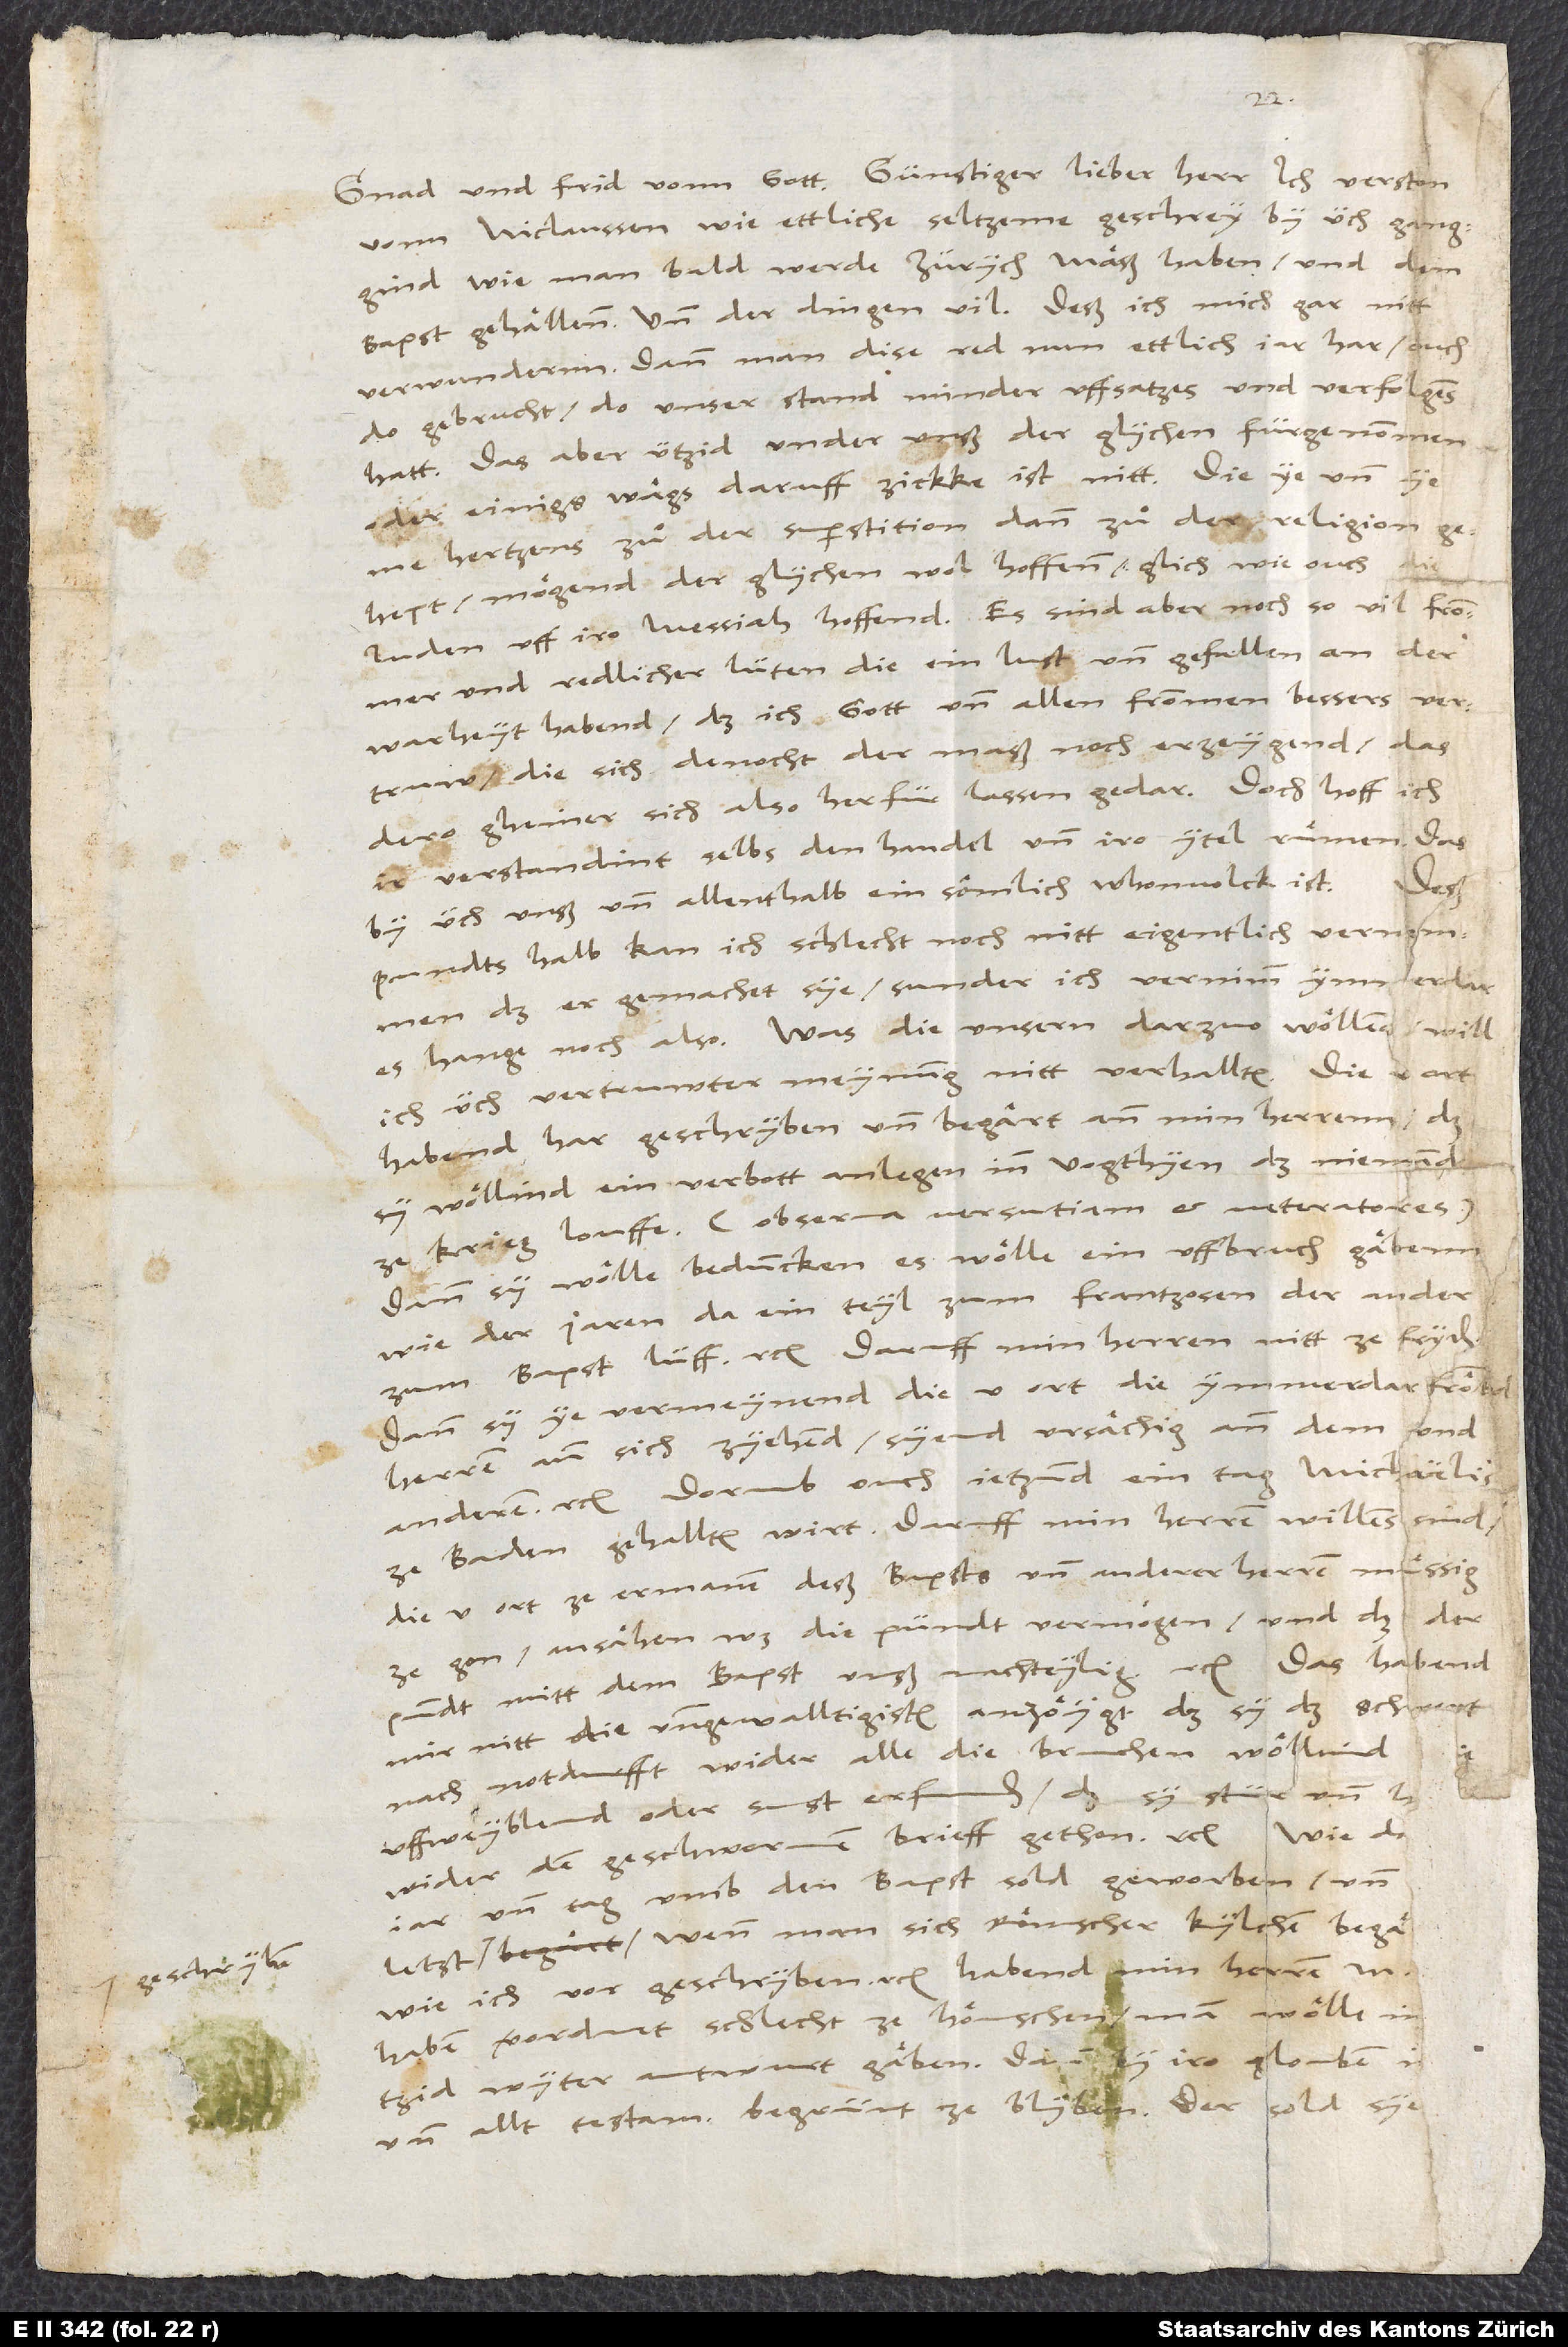
vonn Niclaussen, wie ettliche seltzeme geschrey by üch ganggind,
wie man bald werde Zürych mäß haben und dem
bapst gehällenn, und der dingen vil, deß ich mich gar nitt
verwundernn, dann man dise red nun ettlich jar har ouch
do gebrucht, do unser stand minder uffsatzes und verfolgens
hatt. Das aber ützid under unß der glychen fürgenommen
oder einigs wägs daruff zickke, ist nitt. Die ye und ye
me hertzens zuͦ der superstition dann zuͦ der religion
gehept, mögend derglychen wol hoffenn, glich wie ouch die
Juden uff iro Messiah hoffend. Es sind aber noch so vil frommer
und redlicher lüten, die ein lust und gefallen an der
warheyt habend, daß ich gott und allen frommen bessers vertruw,
die sich denocht dermaß noch erzeygend, das
dero gheiner sich also herfürlassen gedar. Doch hoff ich,
ir verstandint selbs den handel und iro ytel ruͤmen, das
Doch
by üch, unß und allenthalb ein sömlich whonvolck ist.
pundts halb kan ich schlecht noch nitt eigentlich vernemmen,
daß er gemachet sye, sunder ich vernimm ymmerdar,
es hange noch also. Was die unseren darzuo wöllen, will
ich üch vertruwter meinung nitt verhallten. Die 5 ort
habend hargeschryben und begärt ann min herrenn, daß
sy wöllind ein verbott anlegen inn vogthyen, daß niemand
ze krieg louffe (observa versutiam et veteratores),
dann sy wölle beduncken, es wölle ein uffbruch gäben,
wie der jaren, da ein teyl zum Frantzosen, der ander
zum bapst lüff etc. Daruff min herren nitt zefryden,
dann sy ye vermeynend, die 5 ort, die ymmerdar frömbd
herren ann sich zyehend, syend ursächig ann dem und
anderem etc. Dorumb ouch jetzund ein tag Michaelis
ze Baden gehallten wirt. Daruff min herren willens sind,
die 5 ort ze ermanen, deß bapsts und anderer herren muͤssig
ze gon, ansähen, was die pündt vermögen, und daß der
pundt mitt dem bapst unß nachteylig etc. Das habend
mir nitt die unngewalltigisten anzöygt, daß sy das schwert
nach notdurfft wider alle die bruchen wöllind,